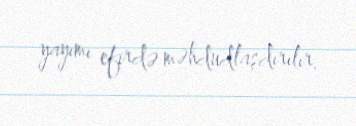
yayımı efirdə məhdudlaşdırılır.